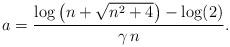
LaTeX: \begin{align*}a = \frac{\log\left(n+\sqrt{n^2+4}\right) - \log(2)}{\gamma \, n}.\end{align*}